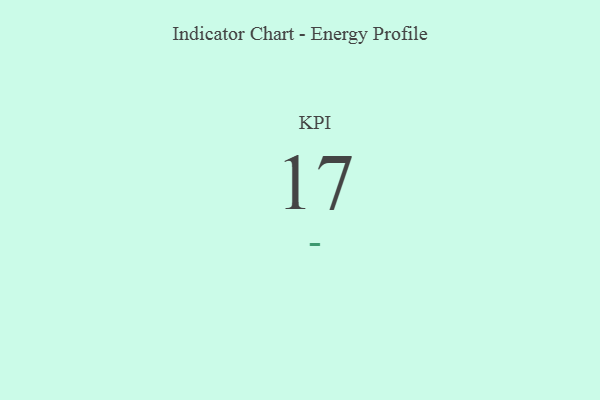
{"axis": {"x": "KPI", "y": "Value"}, "legend": [""], "data": [{"x": "KPI", "y": 17, "type": ""}]}